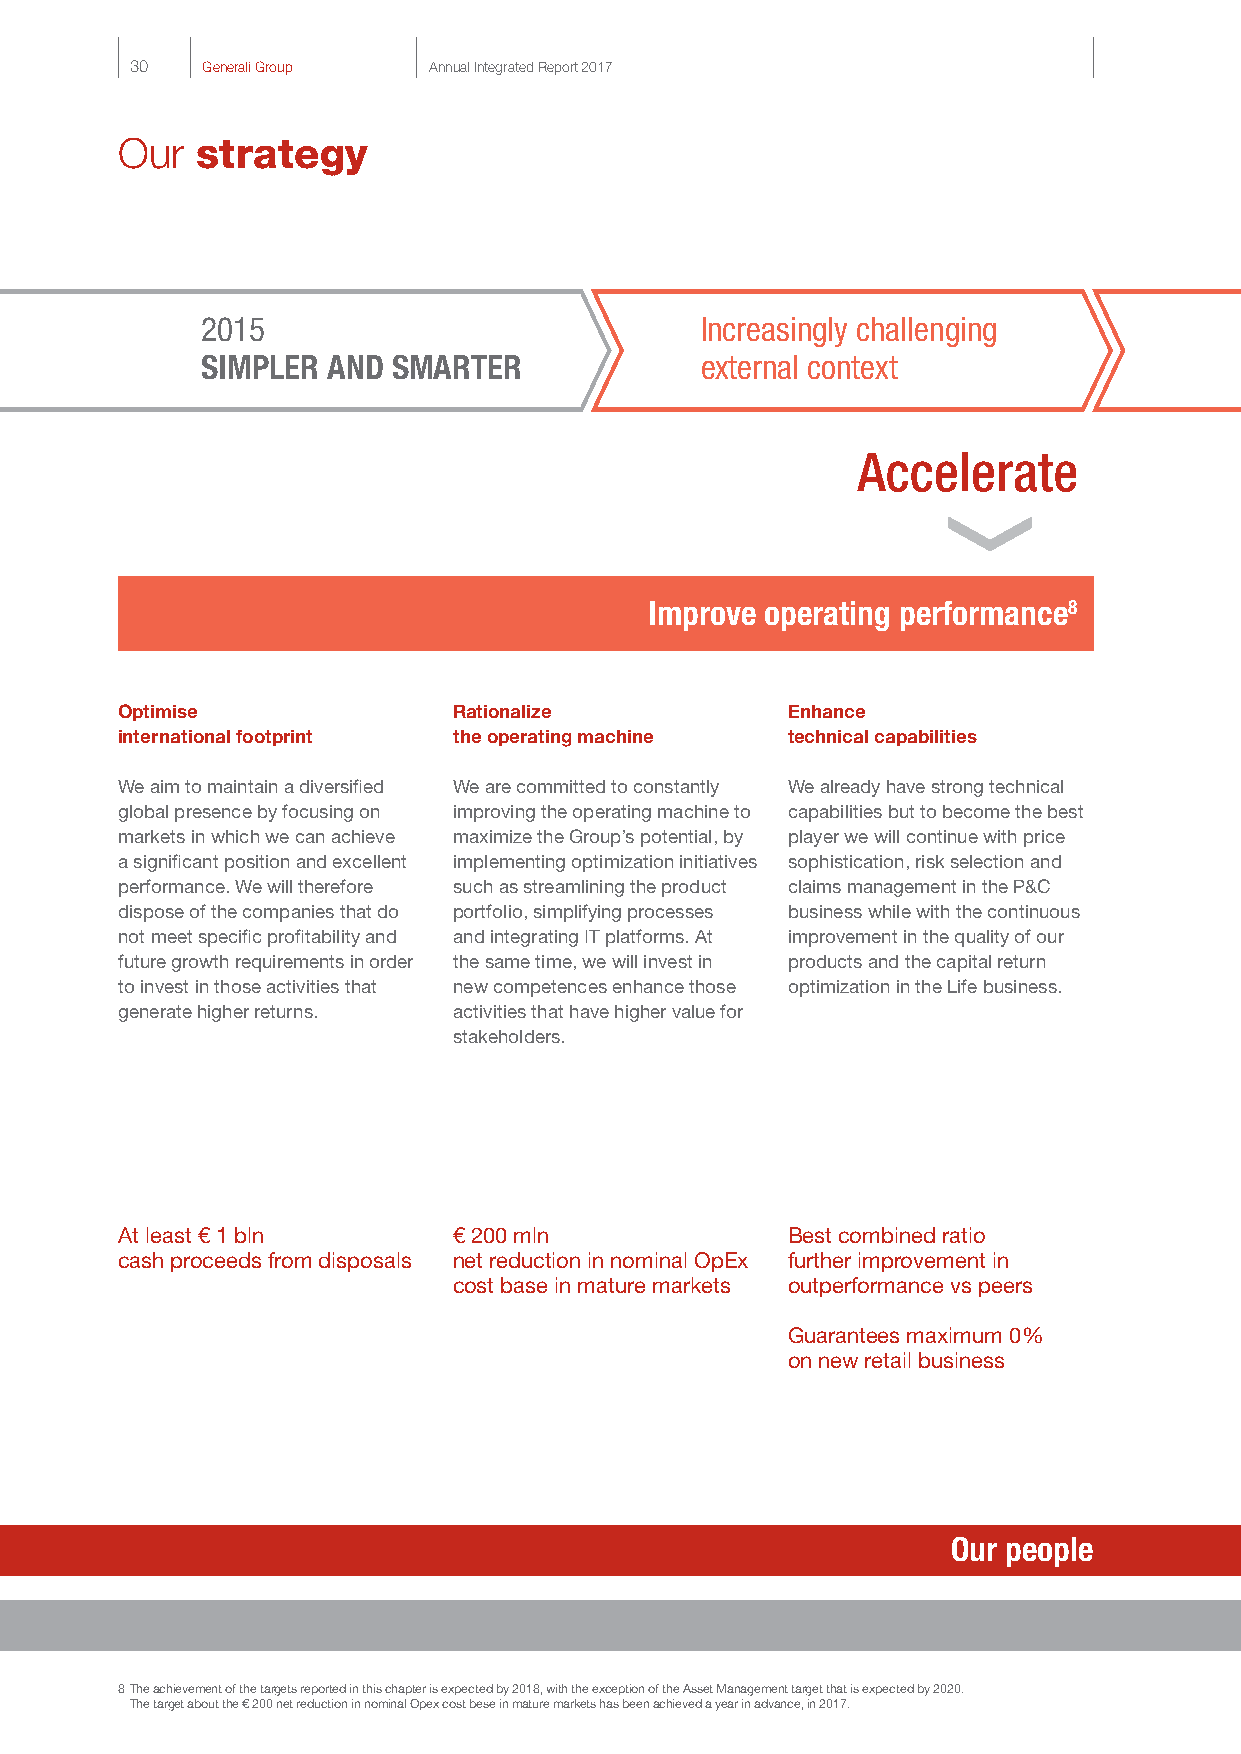
30  Generali Group Annual Integrated Report 2017
 Our  strategy
 2015                             Increasingly challenging                      2016-2018                       > € 7 bln cumulative net operating cash 2015-2018
 > € 5 bln cumulative dividends 2015-2018
 SIMPLER  AND SMARTER             external context                              SIMPLER, SMARTER. FASTER
 > 13 % Operating ROE on average 2015-2018
 Accelerate                         to excellence
 Improve operating performance8                    Long-term value creation8
 Optimise              Rationalize           Enhance
 international footprint the operating machine technical capabilities
 We aim to maintain a diversified We are committed to constantly We already have strong technical
 global presence by focusing on improving the operating machine to capabilities but to become the best
 markets in which we can achieve maximize the Group’s potential, by player we will continue with price
 a significant position and excellent implementing optimization initiatives sophistication, risk selection and
 performance. We will therefore such as streamlining the product claims management in the P&C
 dispose of the companies that do portfolio, simplifying processes business while with the continuous
 not meet specific profitability and and integrating IT platforms. At improvement in the quality of our
 future growth requirements in order the same time, we will invest in products and the capital return
 to invest in those activities that new competences enhance those optimization in the Life business.
 generate higher returns. activities that have higher value for
 stakeholders.
 At least € 1 bln      € 200 mln             Best combined ratio
 cash proceeds from disposals net reduction in nominal OpEx further improvement in
 cost base in mature markets outperformance vs peers
 Guarantees maximum 0%
 on new retail business
 Our people
 Innovation
 8 The achievement of the targets reported in this chapter is expected by 2018, with the exception of the Asset Management target that is expected by 2020.
 The target about the € 200 net reduction in nominal Opex cost bese in mature markets has been achieved a year in advance, in 2017.